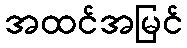
အထင်အမြင်